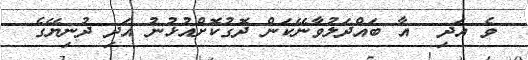
ވެ އަދި  އާ ބައްދަލުވާނޭކަން ދޮގުކޮށްއުޅުނު އަދި ދުނިޔޭގެ